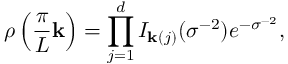
\rho \left( \frac { \pi } { L } \mathbf { k } \right) = \prod _ { j = 1 } ^ { d } I _ { \mathbf { k } ( j ) } ( \sigma ^ { - 2 } ) e ^ { - \sigma ^ { - 2 } } ,